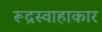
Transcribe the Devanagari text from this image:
रूद्रस्वाहाकार